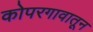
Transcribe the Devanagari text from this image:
कोपरगावातून